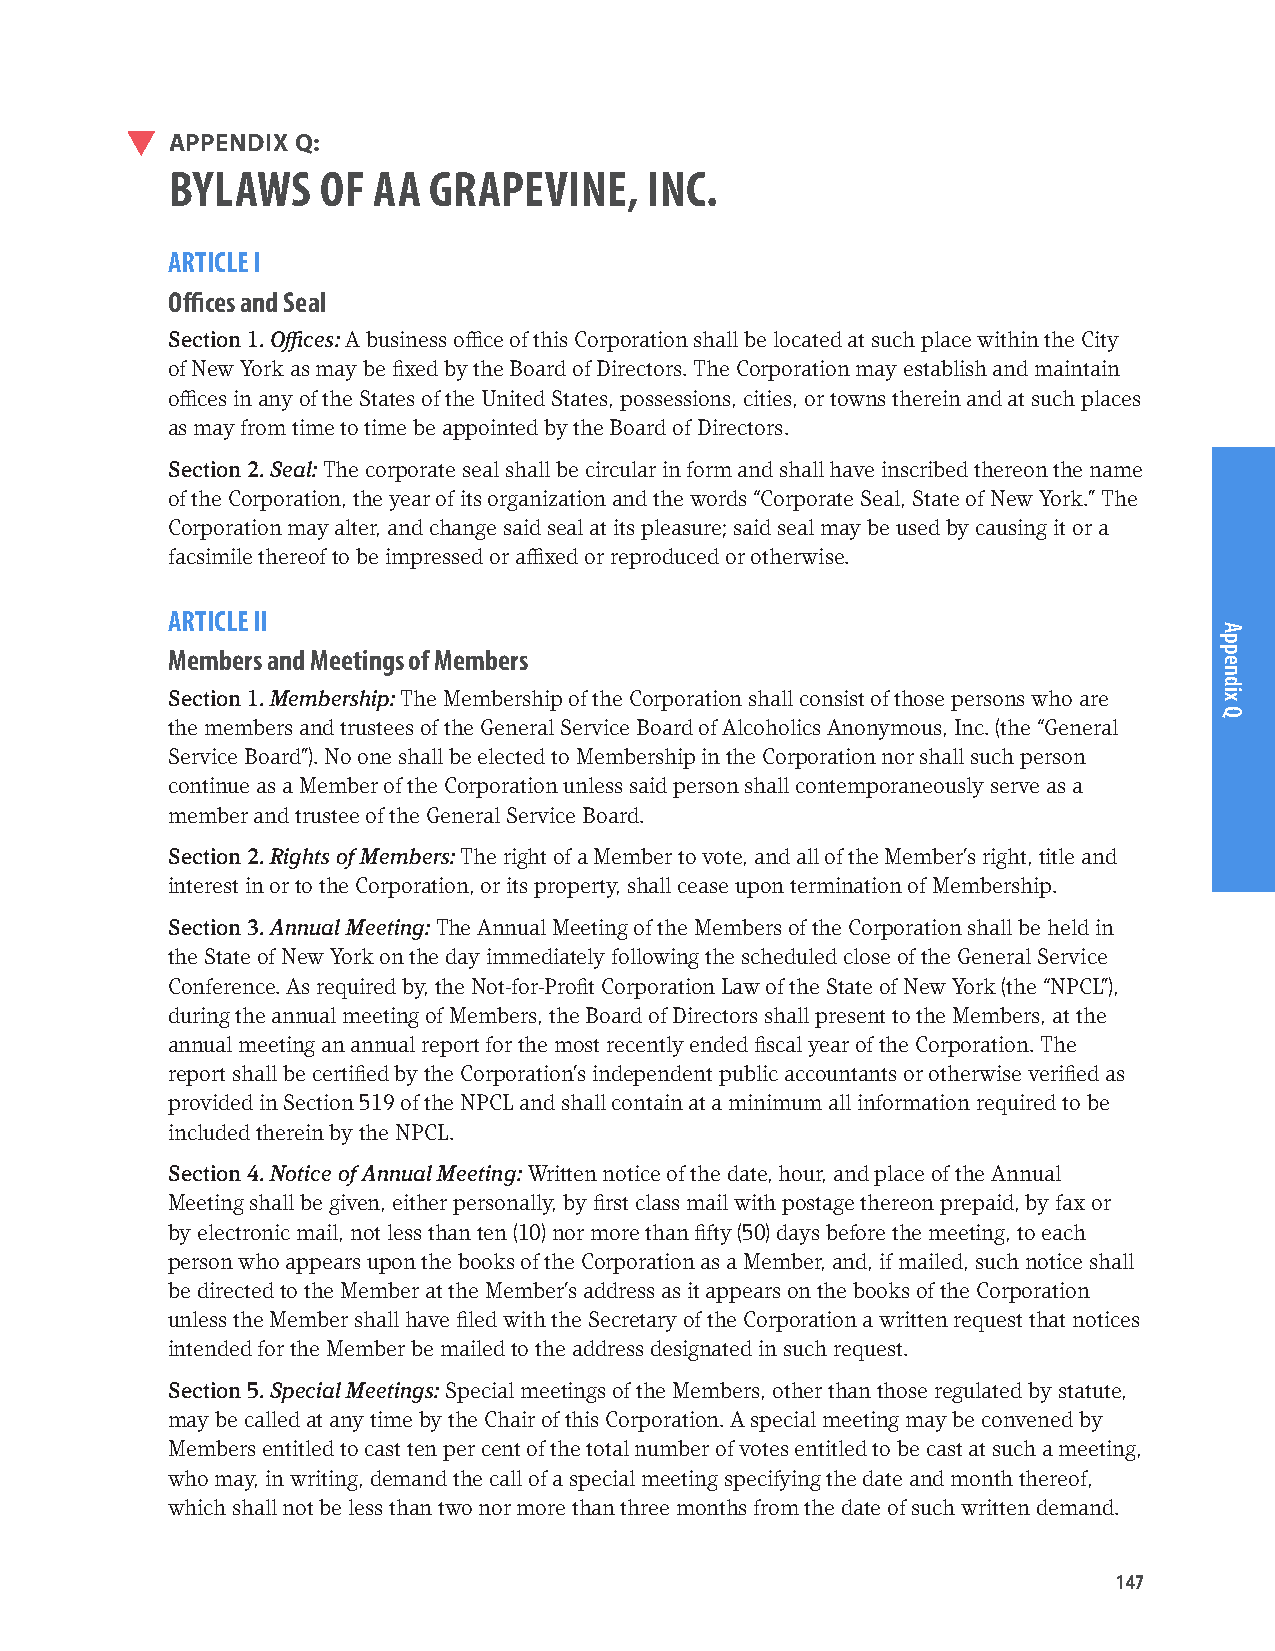
APPENDIX Q:
 BYLAWS    OF  AA GRAPEVINE,     INC.
 ARTICLE I
 Offices and Seal
 Section 1. Offices: A business office of this Corporation shall be located at such place within the City
 of New York as may be fixed by the Board of Directors. The Corporation may establish and maintain
 offices in any of the States of the United States, possessions, cities, or towns therein and at such places
 as may from time to time be appointed by the Board of Directors.
 Section 2. Seal: The corporate seal shall be circular in form and shall have inscribed thereon the name
 of the Corporation, the year of its organization and the words “Corporate Seal, State of New York.” The
 Corporation may alter, and change said seal at its pleasure; said seal may be used by causing it or a
 facsimile thereof to be impressed or affixed or reproduced or otherwise.
 ARTICLE II
 Members and Meetings of Members
 Section 1. Membership: The Membership of the Corporation shall consist of those persons who are
 the members and trustees of the General Service Board of Alcoholics Anonymous, Inc. (the “General
 Service Board”). No one shall be elected to Membership in the Corporation nor shall such person
 continue as a Member of the Corporation unless said person shall contemporaneously serve as a
 member and trustee of the General Service Board.
 Section 2. Rights of Members: The right of a Member to vote, and all of the Member’s right, title and
 interest in or to the Corporation, or its property, shall cease upon termination of Membership.
 Section 3. Annual Meeting: The Annual Meeting of the Members of the Corporation shall be held in
 the State of New York on the day immediately following the scheduled close of the General Service
 Conference. As required by, the Not-for-Profit Corporation Law of the State of New York (the “NPCL”),
 during the annual meeting of Members, the Board of Directors shall present to the Members, at the
 annual meeting an annual report for the most recently ended fiscal year of the Corporation. The
 report shall be certified by the Corporation’s independent public accountants or otherwise verified as
 provided in Section 519 of the NPCL and shall contain at a minimum all information required to be
 included therein by the NPCL.
 Section 4. Notice of Annual Meeting: Written notice of the date, hour, and place of the Annual
 Meeting shall be given, either personally, by first class mail with postage thereon prepaid, by fax or
 by electronic mail, not less than ten (10) nor more than fifty (50) days before the meeting, to each
 person who appears upon the books of the Corporation as a Member, and, if mailed, such notice shall
 be directed to the Member at the Member’s address as it appears on the books of the Corporation
 unless the Member shall have filed with the Secretary of the Corporation a written request that notices
 intended for the Member be mailed to the address designated in such request.
 Section 5. Special Meetings: Special meetings of the Members, other than those regulated by statute,
 may be called at any time by the Chair of this Corporation. A special meeting may be convened by
 Members entitled to cast ten per cent of the total number of votes entitled to be cast at such a meeting,
 who may, in writing, demand the call of a special meeting specifying the date and month thereof,
 which shall not be less than two nor more than three months from the date of such written demand.
 147
 Appendix
 Q